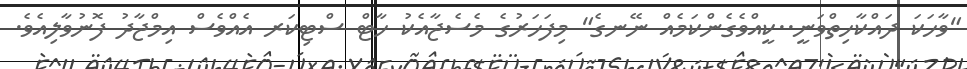
"ވާހަކަ ދައްކާހިތްވަނީ..ކީއްވެގެންކަމެއް ނޭނގެ" މިފަހަރުގެ މެސެޖާއެކު ހާޓް ސްޓިކަރ އެއްވެސް އިމްޖާދު ފޮނުވާލިއެވެ.